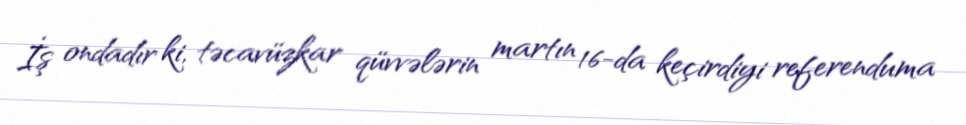
İş ondadır ki, təcavüzkar qüvvələrin martın 16-da keçirdiyi referenduma